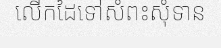
លើកដៃទៅសំពះសុំទាន